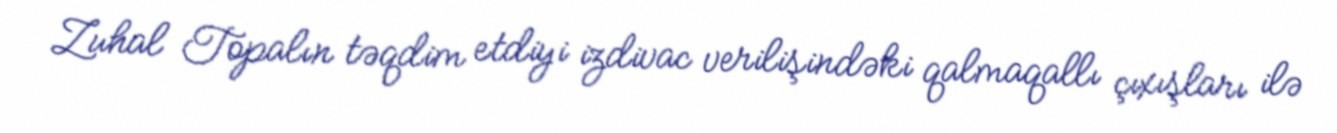
Zuhal Topalın təqdim etdiyi izdivac verilişindəki qalmaqallı çıxışları ilə